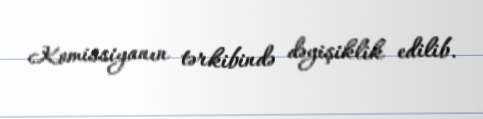
Komissiyanın tərkibində dəyişiklik edilib.